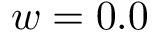
w = 0 . 0